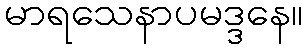
မာရသေနာပမဒ္ဒနေ။